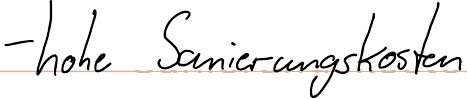
- hohe Sanierungskosten